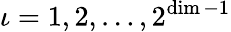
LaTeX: \iota=1,2,\ldots,2^{\dim-1}